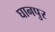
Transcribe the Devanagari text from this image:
घानपुर